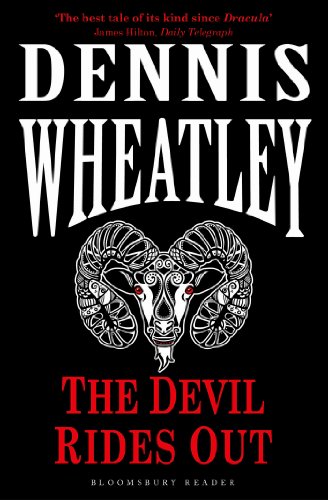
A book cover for The Devil Rides Out (Duke de Richleau); Dennis Wheatley; Literature & Fiction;